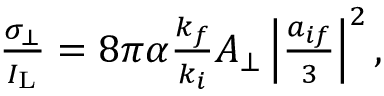
\begin{array} { r } { \frac { \sigma _ { \bot } } { I _ { \mathrm { L } } } = 8 \pi \alpha \frac { k _ { f } } { k _ { i } } A _ { \bot } \left\vert \frac { a _ { i f } } { 3 } \right\vert ^ { 2 } , } \end{array}